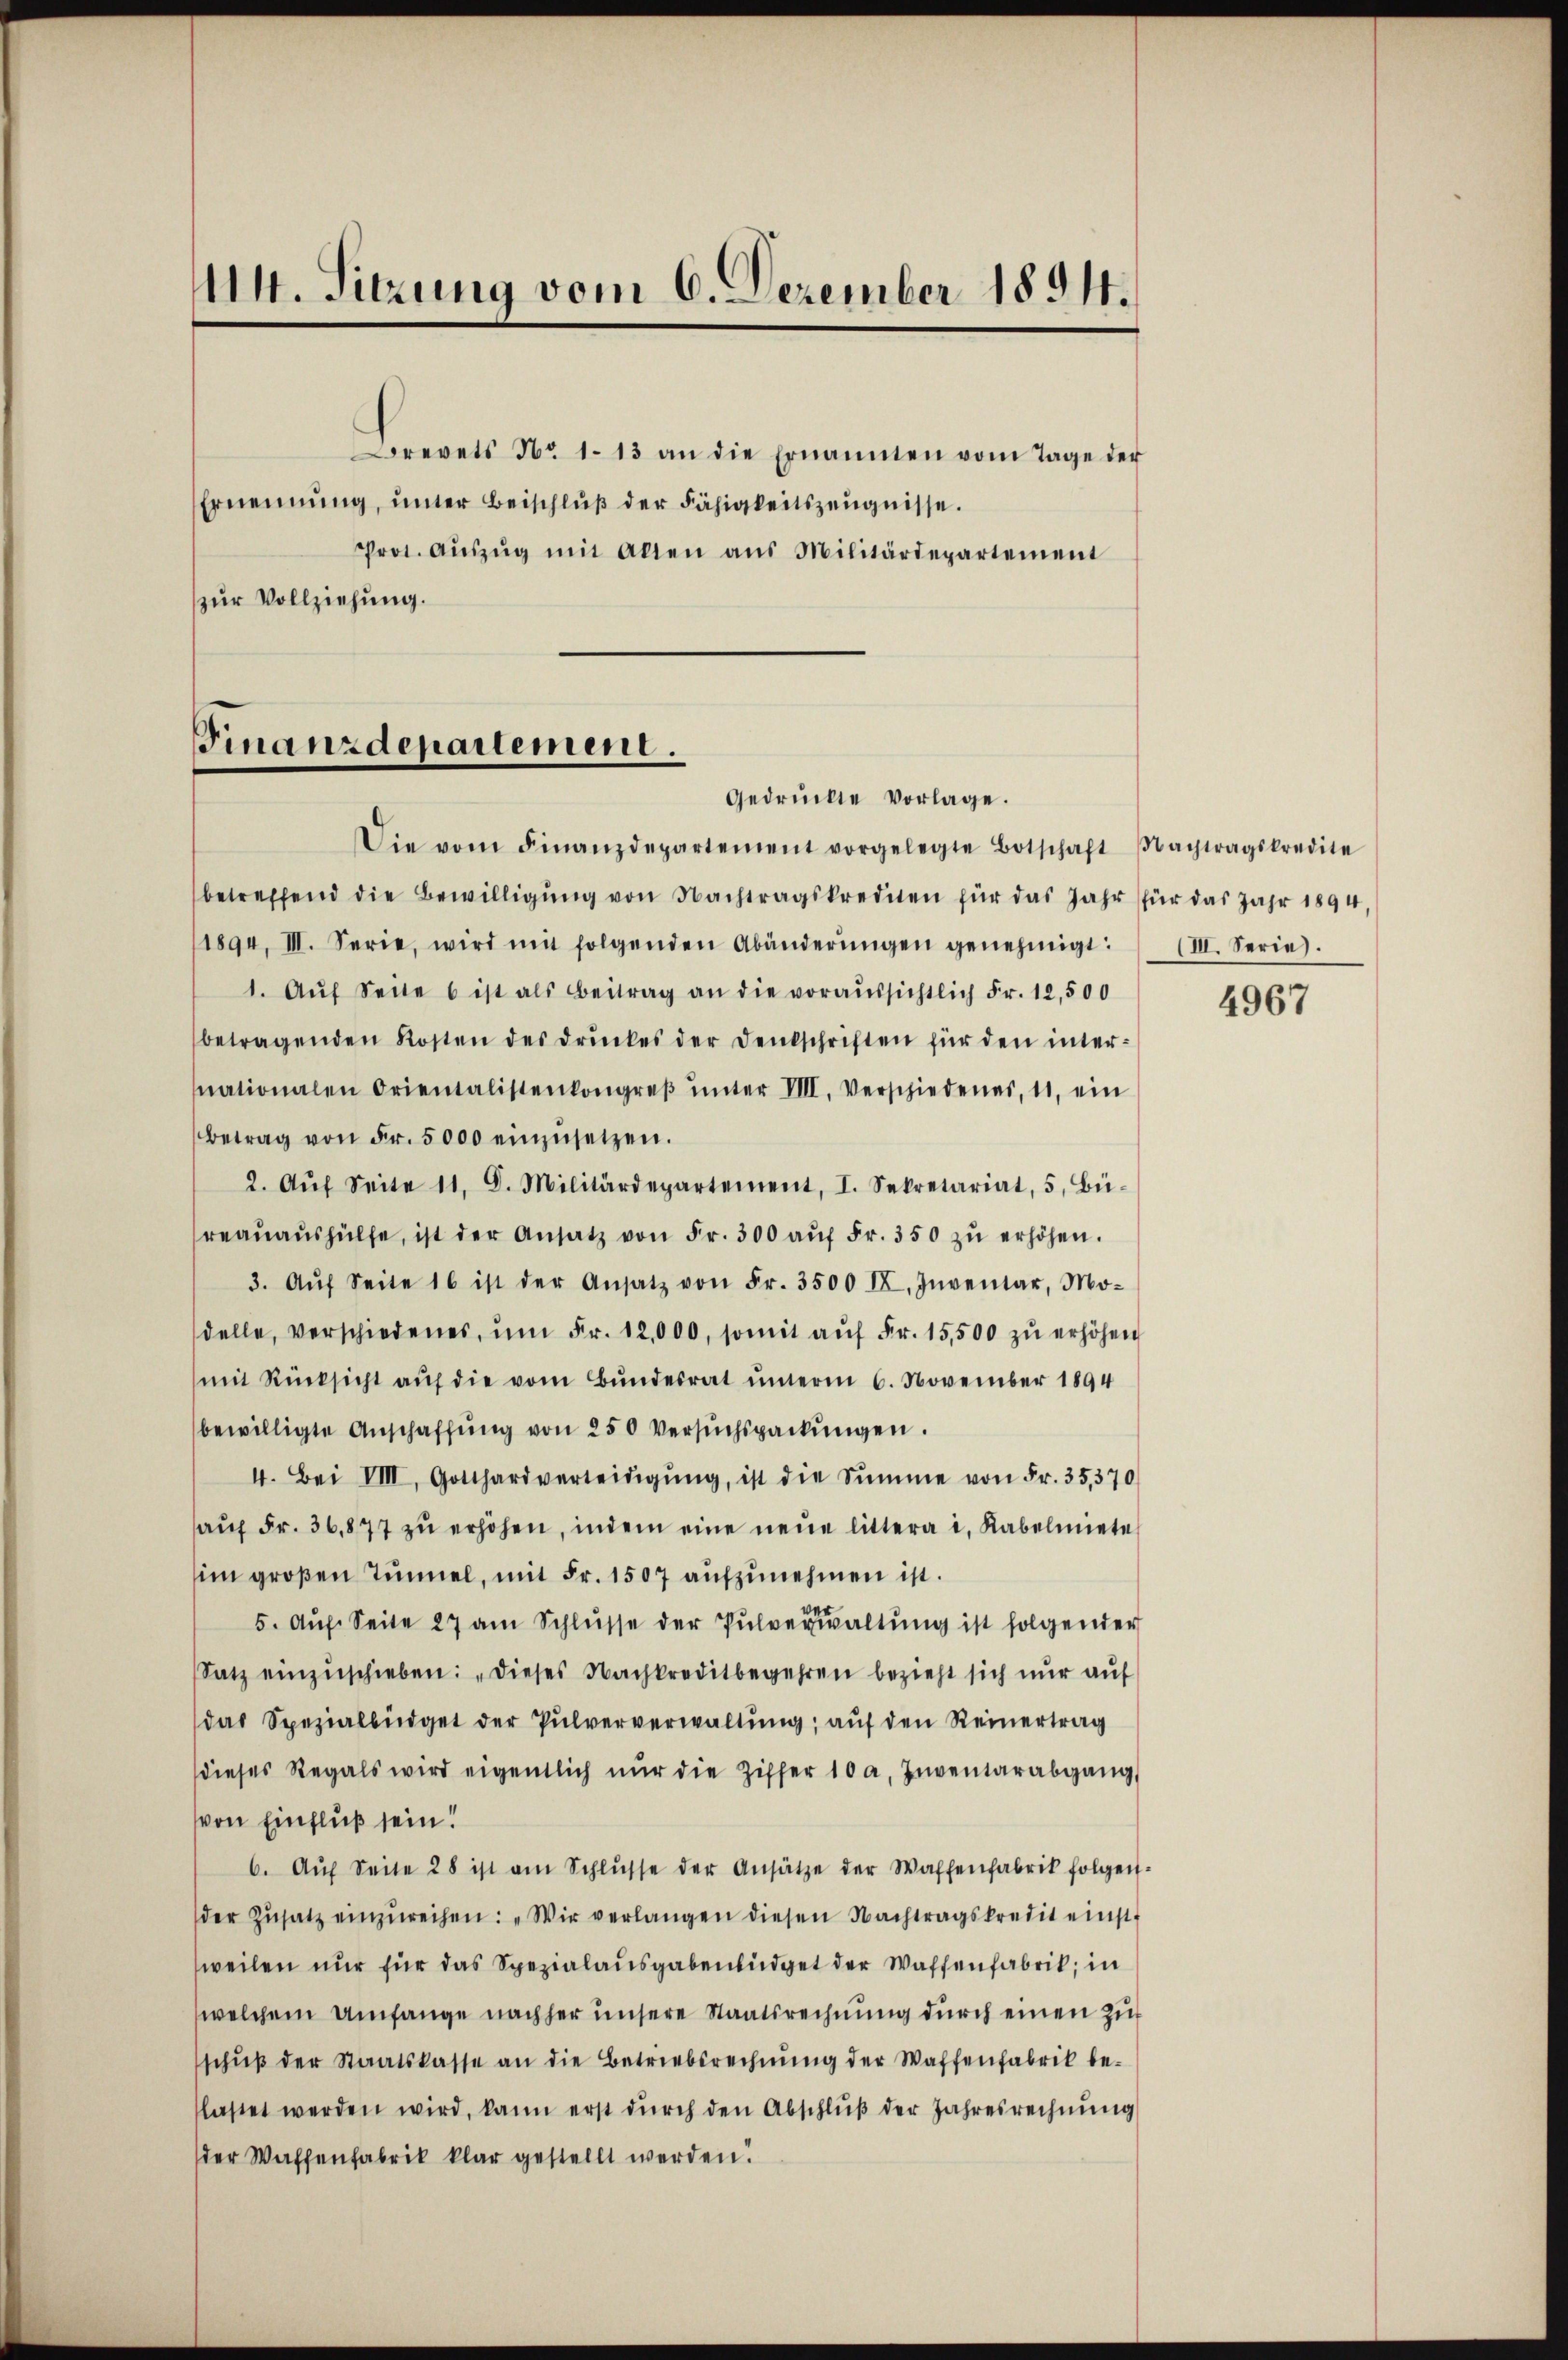
114. Sitzung vom 6. Dezember 1894.
Brevets No 1. 13 an die Ernannten vom Tage der
Ernennung, ŭnter Beischlŭβ der Fähigkeitszeŭgnisse.
Prot. Aŭszŭg mit allen aus Militärdepartement
zur Vollziehung.

Finanzdepartement.
Gedrückte Vorlage.

Die vom Finanzdepartement vorgelegte Botschaft Nachtragskredite
betreffend die Bewilligŭng von Nachtragskrediten für das Jahr für das Jahr 1894
1894, III. Serie, wird mit folgenden Abänderŭngen genehmigt. (III. Serie.
1. Aŭf Seite 6 ist als Beitrag an die voraŭssichtlich Fr. 12,500
betragenden Kosten des drŭckes der Deutschriften für den internationalen Orientalistenkongreβ ŭnter VIII. Verschiedenes, 11. ein
Betrag von Fr. 5000 einzŭsetzen.
2. Aŭf Seite 11, D. Militärdepartement, I. Sekretariat, 5. Bü-
reaŭaŭshülfe, ist der Ansatz von Fr. 300 aŭf Fr. 350 zŭ erhöhen.
3. Aŭf Seite 16 ist der Ansatz von Fr. 3500 II, Inventar, Mo-
delle, verschiedenes, ŭm Fr. 12,000, somit aŭf Fr. 15,500 zŭ erhöhen
mit Rücksicht aŭf die vom Bŭndesrat ŭnterm 6. November 1894
bewilligte Anschaffŭng von 250 Versŭchspackŭngen.
4. Bei VIII, Gotthardverteidigŭng, ist die Summe von Fr. 35,370
aŭf Fr. 36,877 zŭ erhöhen, indem eine neŭe littera i. Rabelmiete
im großen Tunnel, mit Fr. 1507 aufzunehmen ist.
5. Aŭf Seite 27 am Schlŭsse der Pulverwaltung ist folgender
Satz einzuschieben: „Dieses Nachkreditbegehren bezieht sich nur auf
das Spezialbüdget der Pulververwaltŭng aŭf den Reinertrag
dieses Regals wird eigentlich nŭr die Ziffer 10 a. Inventarabgang
von Einfluß sein!
6. Aŭf Seite 28 ist am Schlŭsse der Ansätze der Waffenfabrik folgen-
der Zŭsatz einzŭreihen: „Wir verlangen diesen Nachtragskredit einst
sweilen nur für das Spezialausgabenbüdget der Waffenfabrik, in
welchem Umfange nachher unsere Staatsrechnŭng dŭrch einen Zif
schŭβ der Staatskasse an die Betriebsrechnŭng der Waffenfabrik beflastet werden wird, kann erst dŭrch den Abschlŭβ der Jahresrechnŭng
der Waffenfabrik klar gestellt werden.

4967